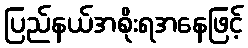
ပြည်နယ်အစိုးရအနေဖြင့်